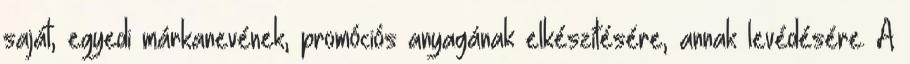
saját, egyedi márkanevének, promóciós anyagának elkészítésére, annak levédésére. A